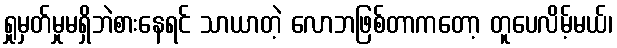
ရှုမှတ်မှုမရှိဘဲစားနေရင် သာယာတဲ့ လောဘဖြစ်တာကတော့ တူပေလိမ့်မယ်၊